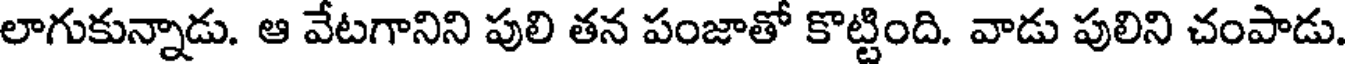
లాగుకున్నాడు. ఆ వేటగానిని పులి తన పంజాతో కొట్టింది. వాడు పులిని చంపాడు.